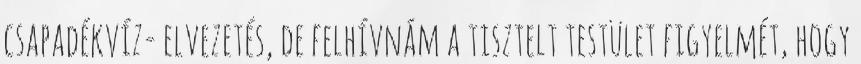
csapadékvíz- elvezetés, de felhívnám a tisztelt testület figyelmét, hogy